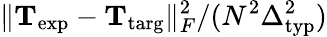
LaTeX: \lVert\mathbf{T}_{\mathrm{exp}}-\mathbf{T}_{\mathrm{targ}}\rVert_{F}^{2}/(N^{2}\Delta_{\mathrm{typ}}^{2})